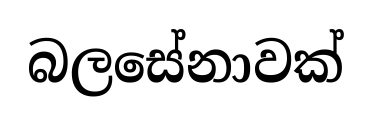
බලසේනාවක්